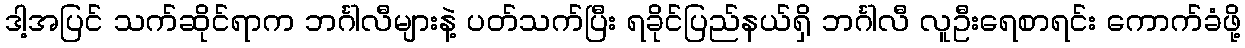
ဒါ့အပြင် သက်ဆိုင်ရာက ဘင်္ဂါလီများနဲ့ ပတ်သက်ပြီး ရခိုင်ပြည်နယ်ရှိ ဘင်္ဂါလီ လူဦးရေစာရင်း ကောက်ခံဖို့